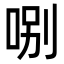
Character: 哵